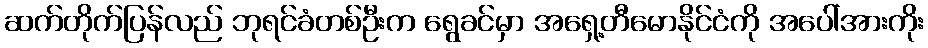
ဆက်တိုက်ပြန်လည် ဘုရင်ခံတစ်ဦးက ရွေခင်မှာ အရှေ့တီမောနိုင်ငံကို အပေါ်အားကိုး